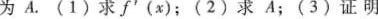
A .( 1 ) 求 f ' ( x ) ；(2)求A；(3)证明